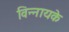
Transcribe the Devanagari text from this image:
विन्नायके